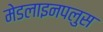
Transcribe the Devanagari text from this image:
मेडलाइनपलुस